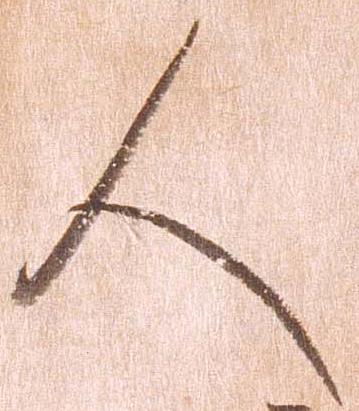
人